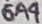
Text: 6A4